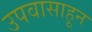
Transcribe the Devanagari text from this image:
उपवासाहून